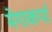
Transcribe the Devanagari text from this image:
मेगाकर्पा